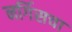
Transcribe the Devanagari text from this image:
नर्गिसचा